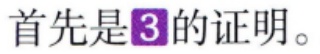
首先是\(3\)的证明。